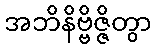
အဘိနိဗ္ဗိဇ္ဇိတွာ